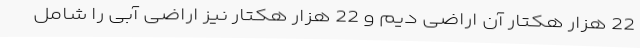
22 هزار هکتار آن اراضی دیم و 22 هزار هکتار نیز اراضی آبی را شامل